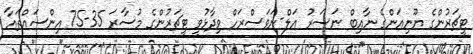
ޓީޗަރުންގެ ޔޫނިއަންގެ ނާއިބް ނަސަރު އަލް-ނަވަސްރަހް ވިދާޅުވީ ޓީޗަރުންގެ މުސާރަ 35-75 އިންސައްތައާ